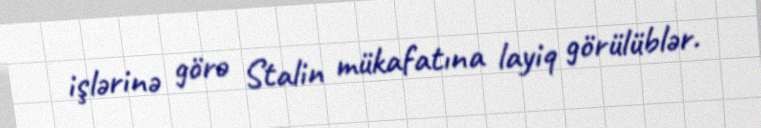
işlərinə görə Stalin mükafatına layiq görülüblər.